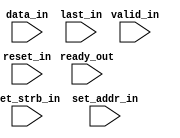
module syntheses_implementation_interface_out (
  input valid_in,
  input [32-1:0] data_in,
  input last_in,
  input [1-1:0] reset_in,
  input [1-1:0] set_strb_in,
  input [8-1:0] set_addr_in,
  input [1-1:0] ready_out
);
  wire [1-1:0] ready_out_net;
  wire fir_compiler_7_2_1_m_axis_data_tvalid_net;
  wire [32-1:0] concat_y_net;
  wire [1-1:0] logical_y_net;
  wire axi_fifo_m_axis_tlast_net;
  wire [1-1:0] set_stb_in_net;
  wire [8-1:0] set_addr_in_net;
  assign fir_compiler_7_2_1_m_axis_data_tvalid_net = valid_in;
  assign concat_y_net = data_in;
  assign axi_fifo_m_axis_tlast_net = last_in;
  assign logical_y_net = reset_in;
  assign set_stb_in_net = set_strb_in;
  assign set_addr_in_net = set_addr_in;
  assign ready_out_net = ready_out;
endmodule